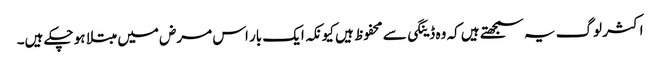
اکثر لوگ یہ سمجھتے ہیں کہ وہ ڈینگی سے محفوظ ہیں کیونکہ ایک بار اس مرض میں مبتلا ہو چکے ہیں۔